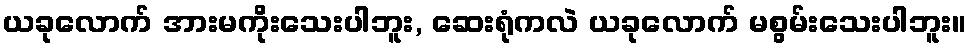
ယခုလောက် အားမကိုးသေးပါဘူး, ဆေးရုံကလဲ ယခုလောက် မစွမ်းသေးပါဘူး။